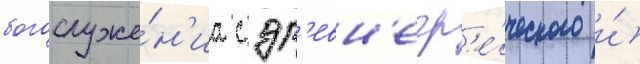
богослуже́н'иа с др'евн'егр'е́ческого и́